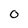
Character: O